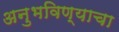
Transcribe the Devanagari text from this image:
अनुभविण्याचा